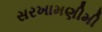
સરખામણીમી